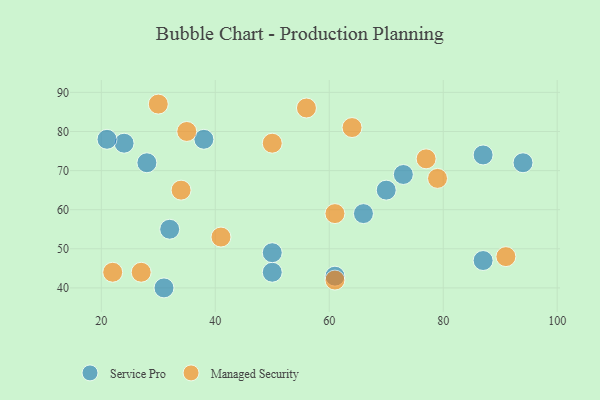
{"axis": {"x": "GDP", "y": "Life Expectancy"}, "legend": ["Managed Security", "Service Pro"], "data": [{"x": "28", "y": 72, "type": "Service Pro"}, {"x": "94", "y": 72, "type": "Service Pro"}, {"x": "50", "y": 44, "type": "Service Pro"}, {"x": "73", "y": 69, "type": "Service Pro"}, {"x": "24", "y": 77, "type": "Service Pro"}, {"x": "21", "y": 78, "type": "Service Pro"}, {"x": "61", "y": 43, "type": "Service Pro"}, {"x": "32", "y": 55, "type": "Service Pro"}, {"x": "50", "y": 49, "type": "Service Pro"}, {"x": "38", "y": 78, "type": "Service Pro"}, {"x": "87", "y": 74, "type": "Service Pro"}, {"x": "70", "y": 65, "type": "Service Pro"}, {"x": "66", "y": 59, "type": "Service Pro"}, {"x": "87", "y": 47, "type": "Service Pro"}, {"x": "31", "y": 40, "type": "Service Pro"}, {"x": "61", "y": 42, "type": "Managed Security"}, {"x": "50", "y": 77, "type": "Managed Security"}, {"x": "35", "y": 80, "type": "Managed Security"}, {"x": "91", "y": 48, "type": "Managed Security"}, {"x": "34", "y": 65, "type": "Managed Security"}, {"x": "56", "y": 86, "type": "Managed Security"}, {"x": "22", "y": 44, "type": "Managed Security"}, {"x": "61", "y": 59, "type": "Managed Security"}, {"x": "64", "y": 81, "type": "Managed Security"}, {"x": "27", "y": 44, "type": "Managed Security"}, {"x": "41", "y": 53, "type": "Managed Security"}, {"x": "30", "y": 87, "type": "Managed Security"}, {"x": "79", "y": 68, "type": "Managed Security"}, {"x": "77", "y": 73, "type": "Managed Security"}]}